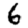
Digit: 6